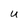
Character: U